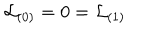
LaTeX: { \cal L } _ { ( 0 ) } = 0 = { \cal L } _ { ( 1 ) }